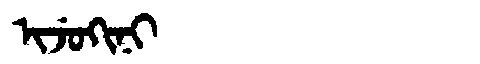
Manchu: ᡳᠵᡠᡴᡳᠨᡳ
Romanization: IJUKINI